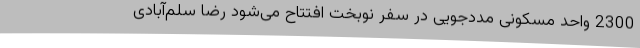
2300 واحد مسکونی مددجویی در سفر نوبخت افتتاح می‌شود رضا سلم‌آبادی